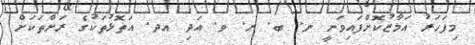
މިފަހަރު އަމާޒުކޮށްފައިވަނީ ނ. ބ. ރ. ވ. އަދި އދ. އަތޮޅުތަކުގެ ރަށްތަކަށް